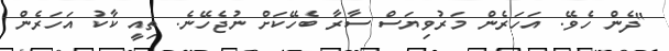
"ދެން ހެވޭ. އަހަރެން މަރުވިޔަސް ސާރާ ބެހޭކަށް ނުޖެހޭނެ. ތިއީ ކާކު އަހަރެން